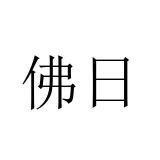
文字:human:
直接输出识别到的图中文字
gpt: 佛日